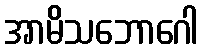
အာမိသဘောဂေါ